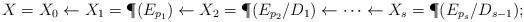
LaTeX: \begin{align*} X = X_0 \leftarrow X_1 = \P(E_{p_1}) \leftarrow X_2 = \P(E_{p_2}/D_1) \leftarrow \cdots \leftarrow X_s = \P(E_{p_s}/D_{s-1});\end{align*}